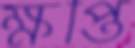
ক্ষপ্তি